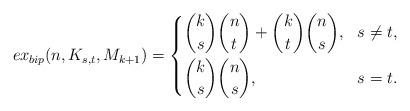
LaTeX: \begin{align*}ex_{bip}(n,K_{s,t},M_{k+1})=\left\{\begin{aligned}&\binom{k}{s}\binom{n}{t}+\binom{k}{t}\binom{n}{s}, & s\neq t, \\&\binom{k}{s}\binom{n}{s},&s=t.\end{aligned}\right.\end{align*}